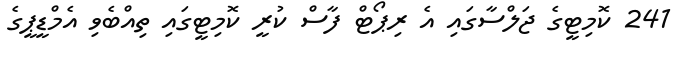
241 ކޮމިޓީގެ ޖަލްސާގައި އެ ރިޕޯޓް ފާސް ކުރީ ކޮމިޓީގައި ތިއްބެވި އެމްޑީޕީގެ